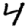
Digit: 4